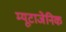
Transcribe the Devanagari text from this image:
म्यूटाजेनिक